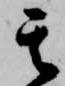
其